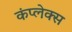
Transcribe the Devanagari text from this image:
कंप्लेक्स